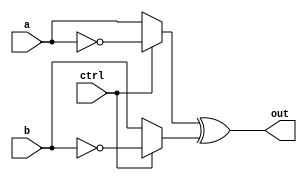
module xor_gate(
  input a,
  input b,
  input ctrl,
  output reg out
);

reg inv_a, inv_b;

assign inv_a = ctrl ? ~a : a;
assign inv_b = ctrl ? ~b : b;

assign out = inv_a ^ inv_b;

endmodule